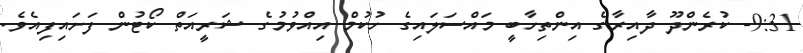
9:31- ކުރެންދޫ ދާއިރާގެ އިންތިހާބީ މައްސަލައިގެ ހުކުމް އިއްވުމުގެ ޝަރީއަތް ކޯޓުން ފަށައިފިއެވެ.